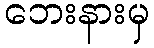
ဘေးနားမှ